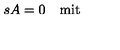
s A = 0 \quad \mathrm { m i t } \quad